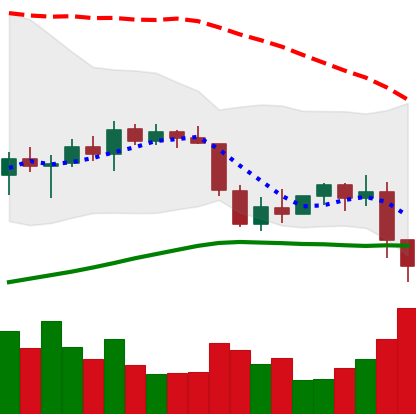
Ticker: ETH-USD
Chart end date: 2022-01-06
Forward return: -5.274%
Label: down_5_7